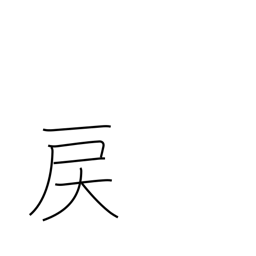
Meaning: go backwards